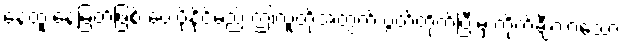
နေ့ထူးနေ့မြတ်ဖြစ် ပေးပို့နိုင်မည့် ဤလူတို့အတွက် ပွတ်တိုက်ပြီးမှ ကိုက်ချီလာသော